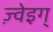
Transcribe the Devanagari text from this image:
ज़्वेइग्